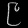
Digit: ၉